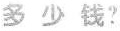
多 少 钱?